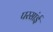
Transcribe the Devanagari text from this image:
परसांई